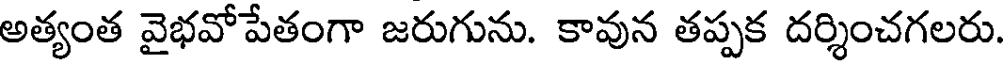
అత్యంత వైభవోపేతంగా జరుగును. కావున తప్పక దర్శించగలరు.